Civil Veterinary Department Bengal reports 1933-51 - 1933-1951
Year: 1933
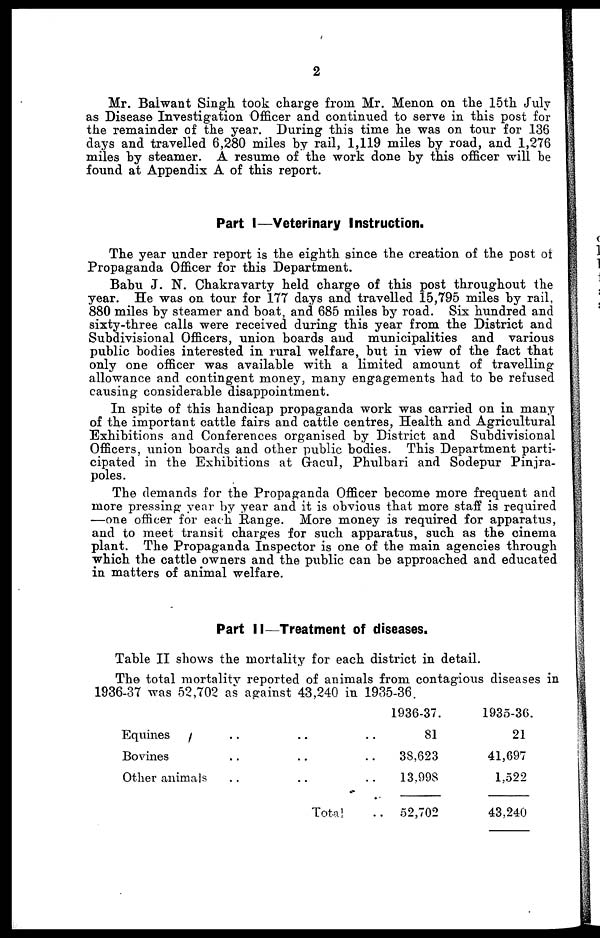
2
Mr. Baiwant Singh took charge from Mr. Menon on the 15th July
as Disease Investigation Officer and continued to serve in this post for
the remainder of the year. During this time he was on tour for 136
days and travelled 6,280 miles by rail, 1,119 miles by road, and 1,276
miles by steamer. A resume of the work done by this officer will be
found at Appendix A of this report.
Part I—Veterinary Instruction.
The year under report is the eighth since the creation of the post of
Propaganda Officer for this Department.
Babu J. N. Chakravarty held charge of this post throughout the
year. He was on tour for 177 days and travelled 15,795 miles by rail,
880 miles by steamer and boat, and 685 miles by road. Six hundred and
sixty-three calls were received during this year from the District and
Subdivisional Officers, union boards and municipalities and various
public bodies interested in rural welfare, but in view of the fact that
only one officer was available with a limited amount of travelling
allowance and contingent money, many engagements had to be refused
causing considerable disappointment.
In spite of this handicap propaganda work was carried on in many
of the important cattle fairs and cattle centres, Health and Agricultural
Exhibitions and Conferences organised by District and Subdivisional
Officers, union boards and other public bodies. This Department parti-
cipated in the Exhibitions at Gracul, Phulbari and Sodepur Pinjra-
poles.
The demands for the Propaganda Officer become more frequent and
more pressing year by year and it is obvious that more staff is required
—one officer for each Range. More money is required for apparatus,
and to meet transit charges for such apparatus, such as the cinema
plant. The Propaganda Inspector is one of the main agencies through
which the cattle owners and the public can be approached and educated
in matters of animal welfare.
Part II—Treatment of diseases.
Table II shows the mortality for each district in detail.
The total mortality reported of animals from contagious diseases in
1936-37 was 52,702 as against 43,240 in 1935-36.
Equines
Bovines
Other animals
..
..
..
..
..
..
Total
..
..
..
..
1936-37.
81
38,623
13,998
52,702
1935-36.
21
41,697
1,522
43,240